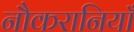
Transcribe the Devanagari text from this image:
नौकरानियाँ